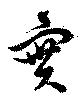
実